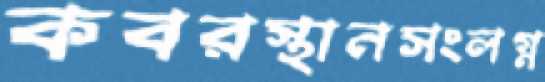
কবরস্থানসংলগ্ন